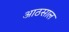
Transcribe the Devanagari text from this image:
आठसाल